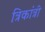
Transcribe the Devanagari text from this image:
त्रिकांत्री